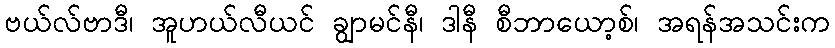
ဗယ်လ်ဗာဒီ၊ အူဟယ်လီယင် ချွာမင်နီ၊ ဒါနီ စီဘာယော့စ်၊ အရန်အသင်းက